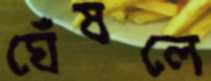
ঘেঁষলে